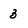
Character: 3